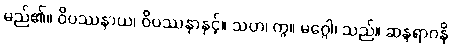
မည်၏။ ဝိပဿနာယ၊ ဝိပဿနာနှင့်။ သဟ၊ ကွ။ မဂ္ဂေါ၊ သည်။ ဆန္ဒရာဂနိ